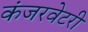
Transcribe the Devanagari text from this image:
कंजरवेटरी